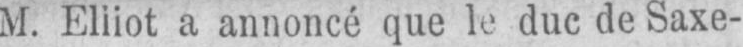
a annoncé que le duc de Saxe-